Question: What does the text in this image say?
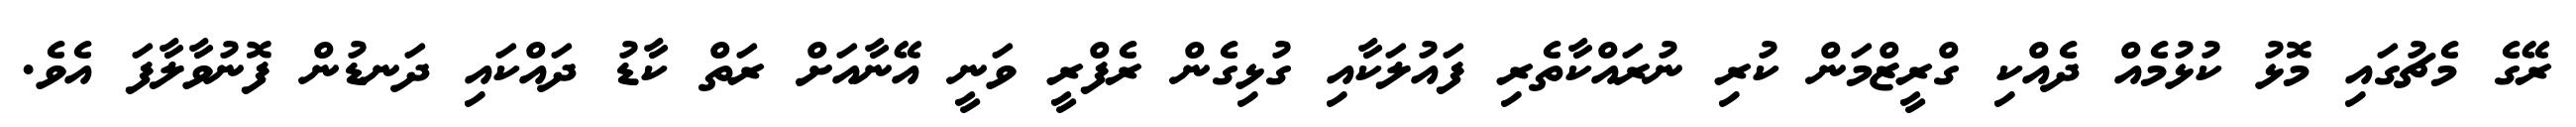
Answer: ރޭގެ މެޗުގައި މޮޅު ކުޅުމެއް ދެއްކި ގްރީޒްމަން ކުރި ނުރައްކާތެރި ފައުލަކާއި ގުޅިގެން ރެފްރީ ވަނީ އޭނާއަށް ރަތް ކާޑު ދައްކައި ދަނޑުން ފޮނުވާލާފަ އެވެ.